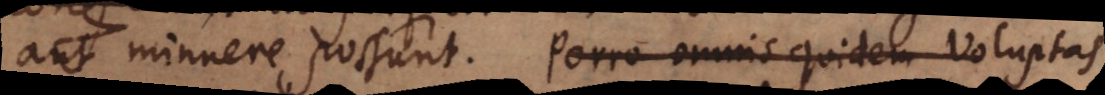
aut minuere possunt. Porro omnis quidem Voluptas